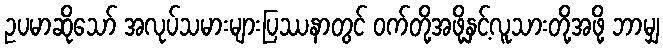
ဥပမာဆိုသော် အလုပ်သမားများပြဿနာတွင် ဝက်တို့အဖို့နှင့်လူသားတို့အဖို့ ဘာမျှ